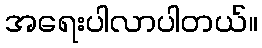
အရေးပါလာပါတယ်။